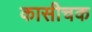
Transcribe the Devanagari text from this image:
कासीचक